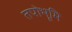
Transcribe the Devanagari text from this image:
तपोभूमि